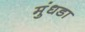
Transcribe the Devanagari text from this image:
मुंधडा